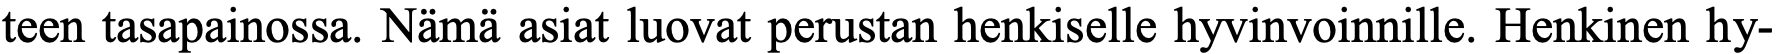
teen tasapainossa. Nämä asiat luovat perustan henkiselle hyvinvoinnille. Henkinen hy-